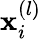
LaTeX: \mathbf{x}_{i}^{(l)}